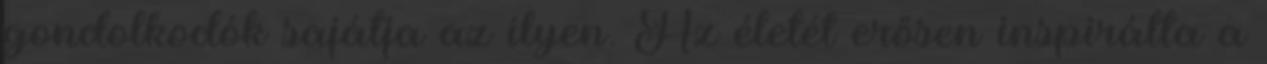
gondolkodók sajátja az ilyen. Az életét erősen inspirálta a